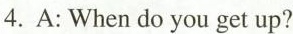
4.A:When do you get up?